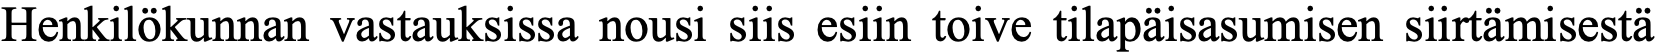
Henkilökunnan vastauksissa nousi siis esiin toive tilapäisasumisen siirtämisestä